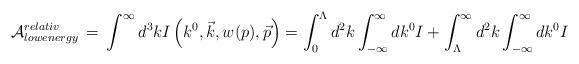
LaTeX: \begin{align*} {\cal{A}}_{lowenergy}^{relativ}\,=\,\int^\infty d^3 k I\left(k^0,\vec{k},w(p),\vec{p} \right)= \int^{\Lambda}_{0}d^2k \int^{\infty}_{-\infty}dk^0 I+\int_ {\Lambda}^{\infty}d^2k \int^{\infty}_{-\infty}dk^0 I\end{align*}